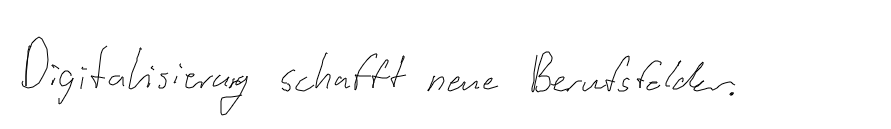
Digitalisierung schafft neue Berufsfelder.